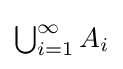
{\textstyle \bigcup _{i=1}^{\infty }A_{i}}